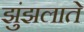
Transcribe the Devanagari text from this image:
झुंझलाते